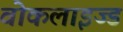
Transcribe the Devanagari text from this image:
वोकलाइज्ड